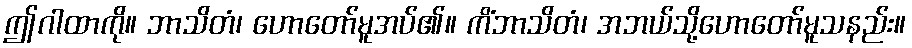
ဤဂါထာကို။ ဘာသိတံ၊ ဟောတော်မူအပ်၏။ ကိံဘာသိတံ၊ အဘယ်သို့ဟောတော်မူသနည်း။